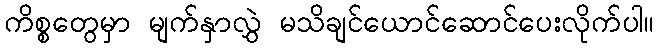
ကိစ္စတွေမှာ မျက်နှာလွှဲ မသိချင်ယောင်ဆောင်ပေးလိုက်ပါ။